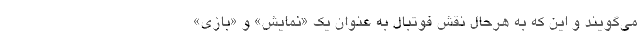
می‌گویند و این که به هرحال نقش فوتبال به عنوان یک «نمایش» و «بازی»